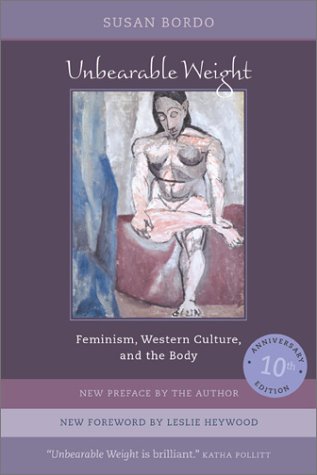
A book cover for Unbearable Weight: Feminism, Western Culture, and the Body, Tenth Anniversary Edition; Susan Bordo; Gay & Lesbian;